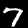
Digit: 7